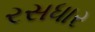
રસધાર